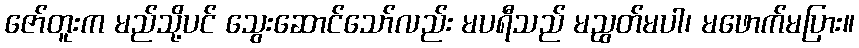
ဇော်တူးက မည်သို့ပင် သွေးဆောင်သော်လည်း မပရီသည် မညွတ်မပါ၊ မဖောက်မပြား။